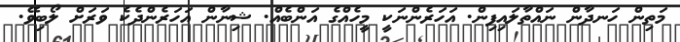
މަތިން ހަނދާން ނައްތާލައިފިން. އަހަރެންނަކީ މީހެއްގެ އަންބެއް. ޝިިނާން އަހަރެންދެކެ ވަރަށް ލޯބިވޭ.